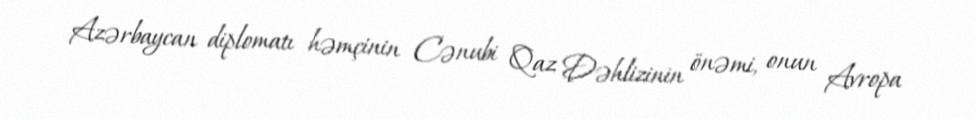
Azərbaycan diplomatı həmçinin Cənubi Qaz Dəhlizinin önəmi, onun Avropa